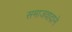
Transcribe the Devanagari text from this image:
समाजवादाने